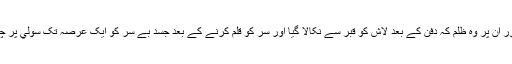
پھر اس کے بعد زيد(ع)کا شھيد کيا جانااور ان پر وہ ظلم کہ دفن کے بعد لاش کو قبر سے نکالا گيا اور سر کو قلم کرنے کے بعد جسد بے سر کو ايک عرصہ تک سولي پر چڑھائے رکھا تھا پھر آگ ميں جلا ديا گيا۔